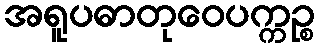
အရူပဓာတုဝေပက္ကဉ္စ